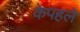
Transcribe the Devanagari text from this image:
केपहले